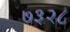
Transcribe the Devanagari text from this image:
७३२८